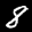
Label: 8